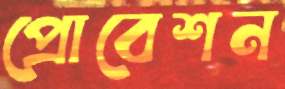
প্রোবেশন